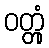
ဝတ္တုံ